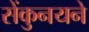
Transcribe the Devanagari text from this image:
सेंकुनयने